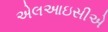
એલઆઇસીએ